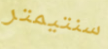
سنتيمتر